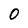
Character: 0